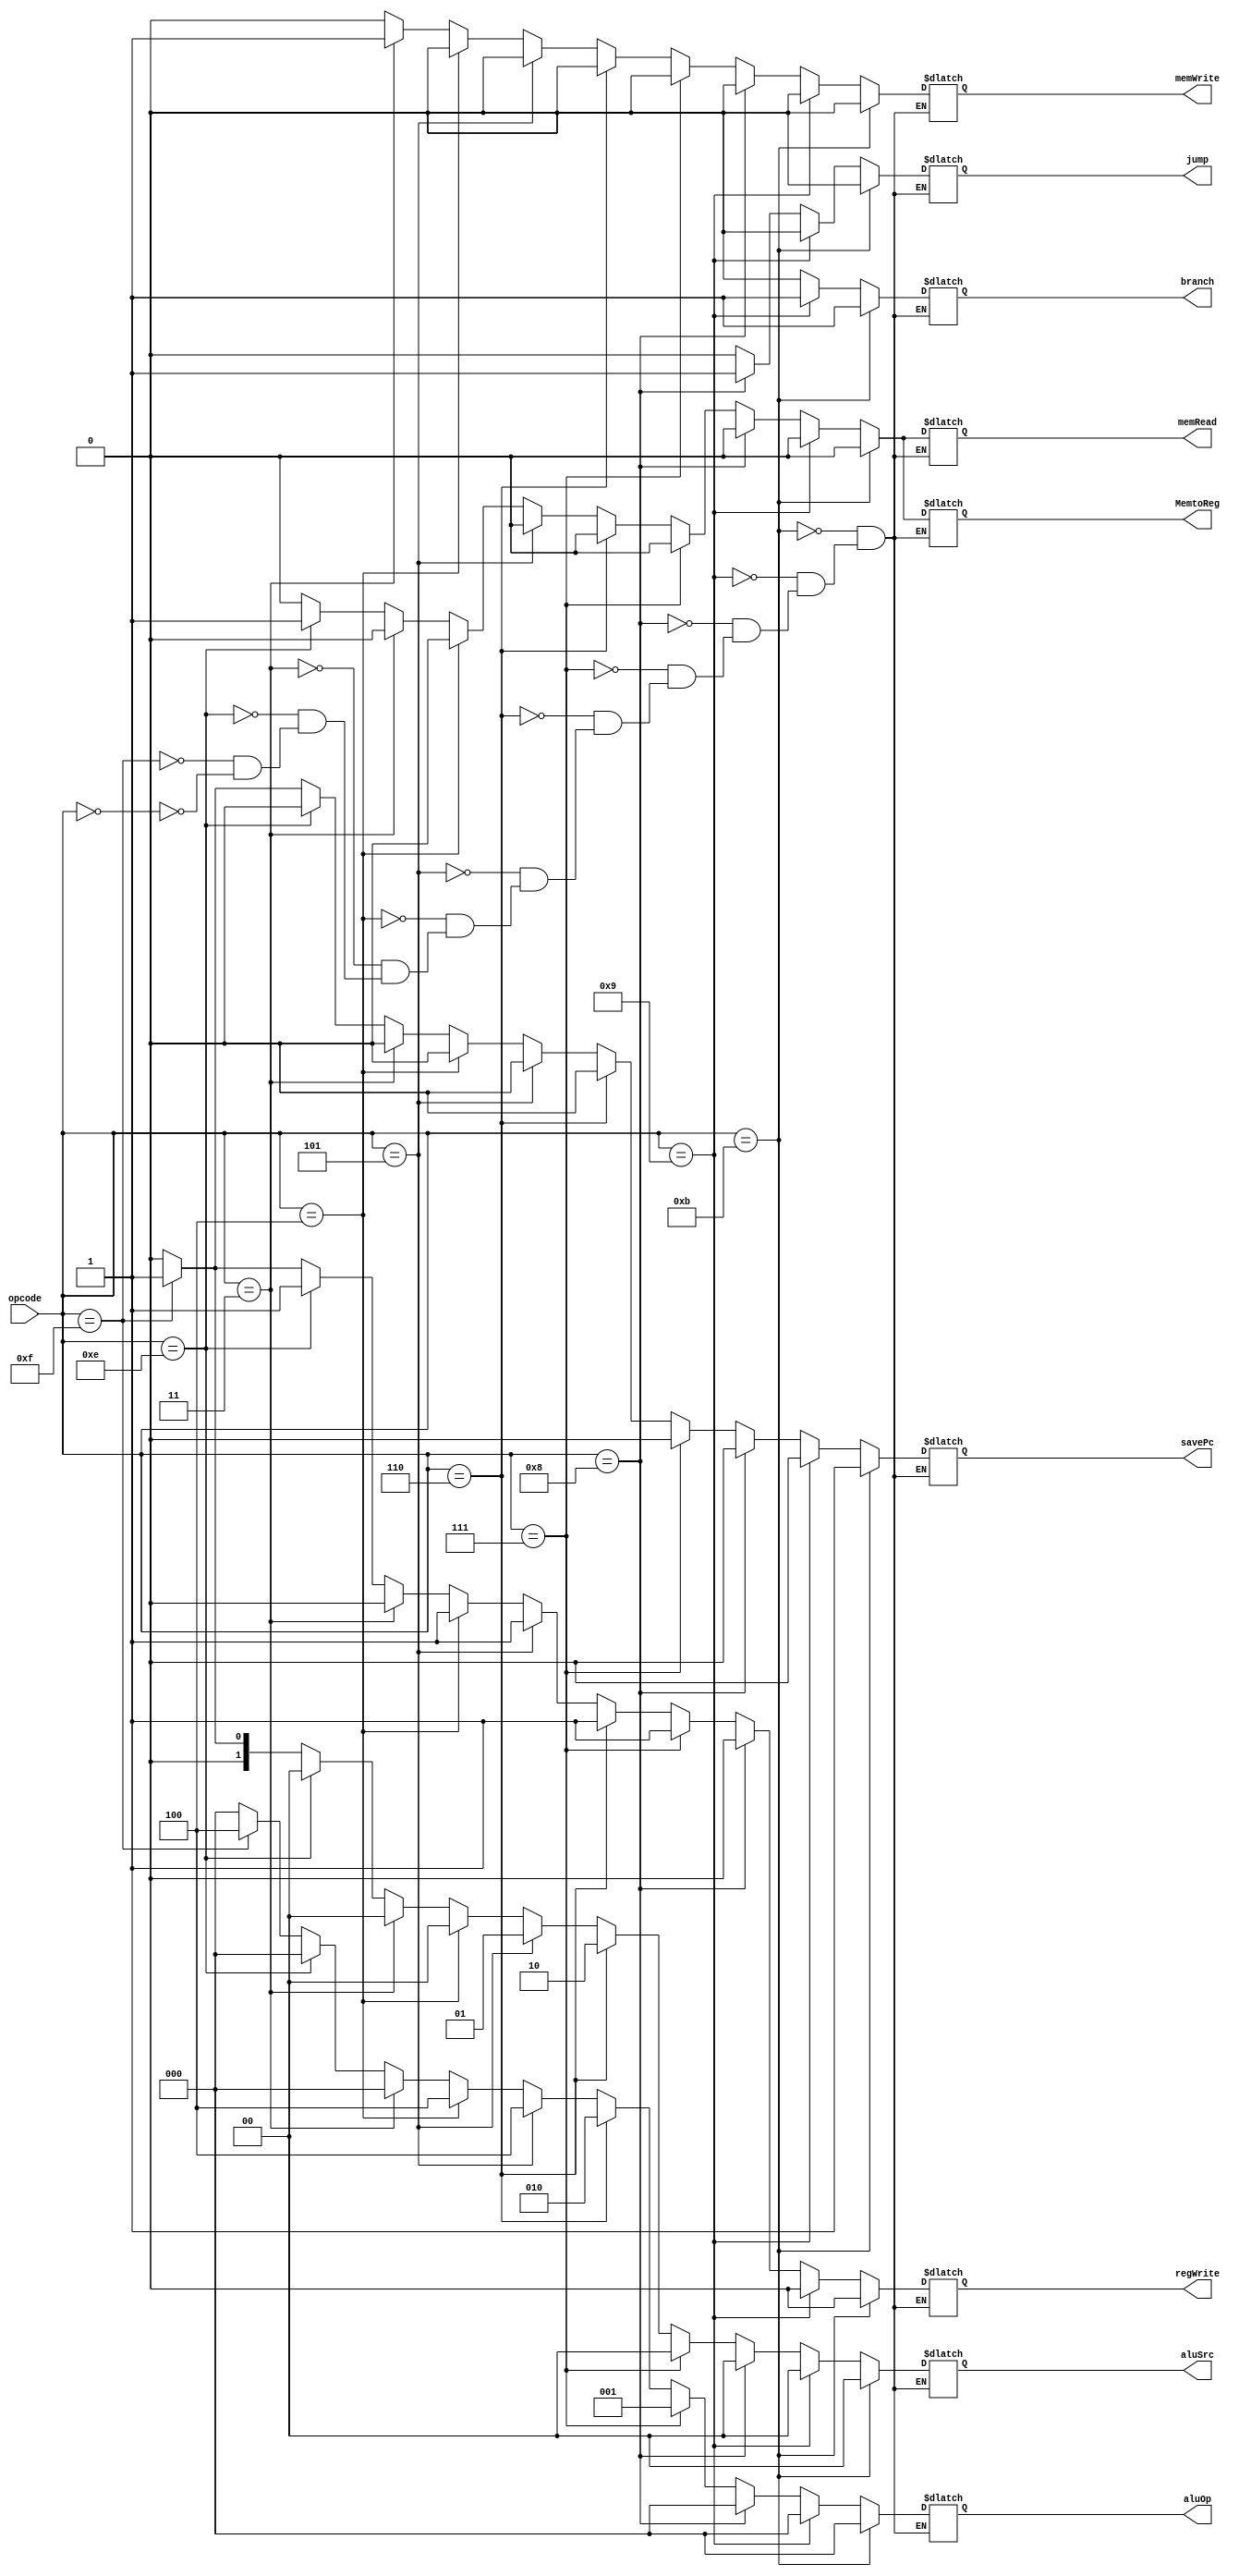
`timescale 1ns / 1ps
//////////////////////////////////////////////////////////////////////////////////
// Company: 
// Engineer: 
// 
// Design Name: 
// Module Name: control_unit
// Project Name: 
// Target Devices: 
// Tool Versions: 
// Description: 
// 
// Dependencies: 
// 
// Revision:
// Revision 0.01 - File Created
// Additional Comments:
// 
//////////////////////////////////////////////////////////////////////////////////


module control_unit(opcode, regWrite, aluSrc, aluOp, savePc, memWrite, memRead, MemtoReg, branch, jump);
input [3:0] opcode;
output reg [2:0] aluOp;
output reg [1:0] aluSrc;
output reg regWrite, savePc, memWrite, memRead, MemtoReg, branch, jump;

always@(opcode)
begin

if (opcode == 4'b0000) //No aluOp
begin
     regWrite = 0;
     aluSrc = 2'b00;
     aluOp = 3'b000; 
     savePc = 0;
     memWrite = 0;
     memRead = 0;
     MemtoReg = 0;
     branch = 0;
     jump = 0;
end

if (opcode == 4'b1111) //Save PC
begin
     regWrite = 1;
     aluSrc = 2'b01;
     aluOp = 3'b100; 
     savePc = 1;
     memWrite = 0;
     memRead = 0;
     MemtoReg = 0;
     branch = 0;
     jump = 0;
end

if (opcode == 4'b1110) //load
begin
     regWrite = 1;
     aluSrc = 2'b00;
     aluOp = 3'b000; 
     savePc = 0;
     memWrite = 0;
     memRead = 1;
     MemtoReg = 1;
     branch = 0;
     jump = 0;
end

if (opcode == 4'b0011) //store
begin
     regWrite = 0;
     aluSrc = 2'b00;
     aluOp = 3'b000; 
     savePc = 0;
     memWrite = 1;
     memRead = 0;
     MemtoReg = 0;
     branch = 0;
     jump = 0;
end

if (opcode == 4'b0100) //add
begin
     regWrite = 1;
     aluSrc = 2'b00;
     aluOp = 3'b100; 
     savePc = 0;
     memWrite = 0;
     memRead = 0;
     MemtoReg = 0;
     branch = 0;
     jump = 0;
end

if (opcode == 4'b0101) //inc
begin
     regWrite = 1;
     aluSrc = 2'b01;
     aluOp = 3'b100; 
     savePc = 0;
     memWrite = 0;
     memRead = 0;
     MemtoReg = 0;
     branch = 0;
     jump = 0;
end

if (opcode == 4'b0110) //neg
begin
     regWrite = 1;
     aluSrc = 2'b10;
     aluOp = 3'b010; 
     savePc = 0;
     memWrite = 0;
     memRead = 0;
     MemtoReg = 0;
     branch = 0;
     jump = 0;
end

if (opcode == 4'b0111) //sub
begin
     regWrite = 1;
     aluSrc = 2'b00;
     aluOp = 3'b001; 
     savePc = 0;
     memWrite = 0;
     memRead = 0;
     MemtoReg = 0;
     branch = 0;
     jump = 0;
end

if (opcode == 4'b1000) //jump
begin
     regWrite = 0;
     aluSrc = 2'b00;
     aluOp = 3'b000; 
     savePc = 0;
     memWrite = 0;
     memRead = 0;
     MemtoReg = 0;
     branch = 0;
     jump = 1;
end

if (opcode == 4'b1001) //branch zero
begin
     regWrite = 0;
     aluSrc = 2'b00;
     aluOp = 3'b000; 
     savePc = 0;
     memWrite = 0;
     memRead = 0;    MemtoReg = 0;
     branch = 1;
     jump = 0;
end

if (opcode == 4'b1011) //branch neg
begin
     regWrite = 0;
     aluSrc = 2'b00;
     aluOp = 3'b000; 
     savePc = 1;
     memWrite = 0;
     memRead = 0;
     MemtoReg = 0;
     branch = 1;
     jump = 0;
end

end
endmodule